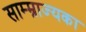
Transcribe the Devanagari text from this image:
साम्म्राज्यका